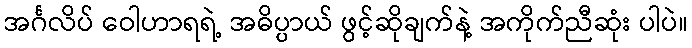
အင်္ဂလိပ် ဝေါဟာရရဲ့ အဓိပ္ပာယ် ဖွင့်ဆိုချက်နဲ့ အကိုက်ညီဆုံး ပါပဲ။